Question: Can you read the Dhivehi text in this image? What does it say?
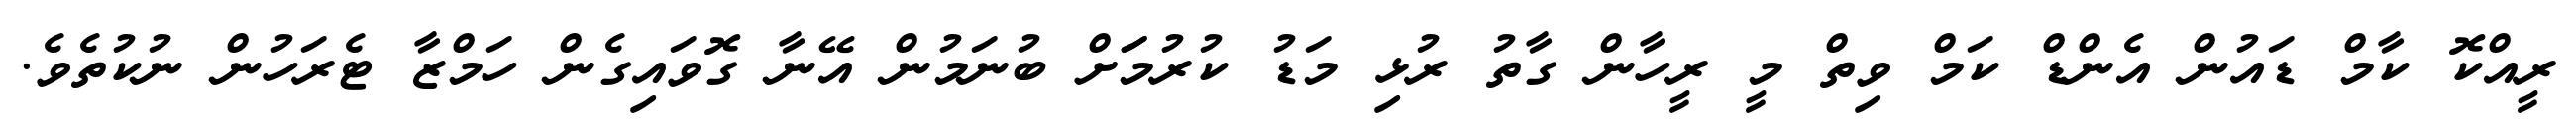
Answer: ރީއްކޮ ކާމް ޑައުން އެންޑް ކަމް ވިތް މީ ރީހާން ގާތު ރުޅި މަޑު ކުރުމަަށް ބުނަމުން އޭނާ ގޮވައިގެން ހަމްޒާ ޓެރަހުން ނުކުތެވެ.